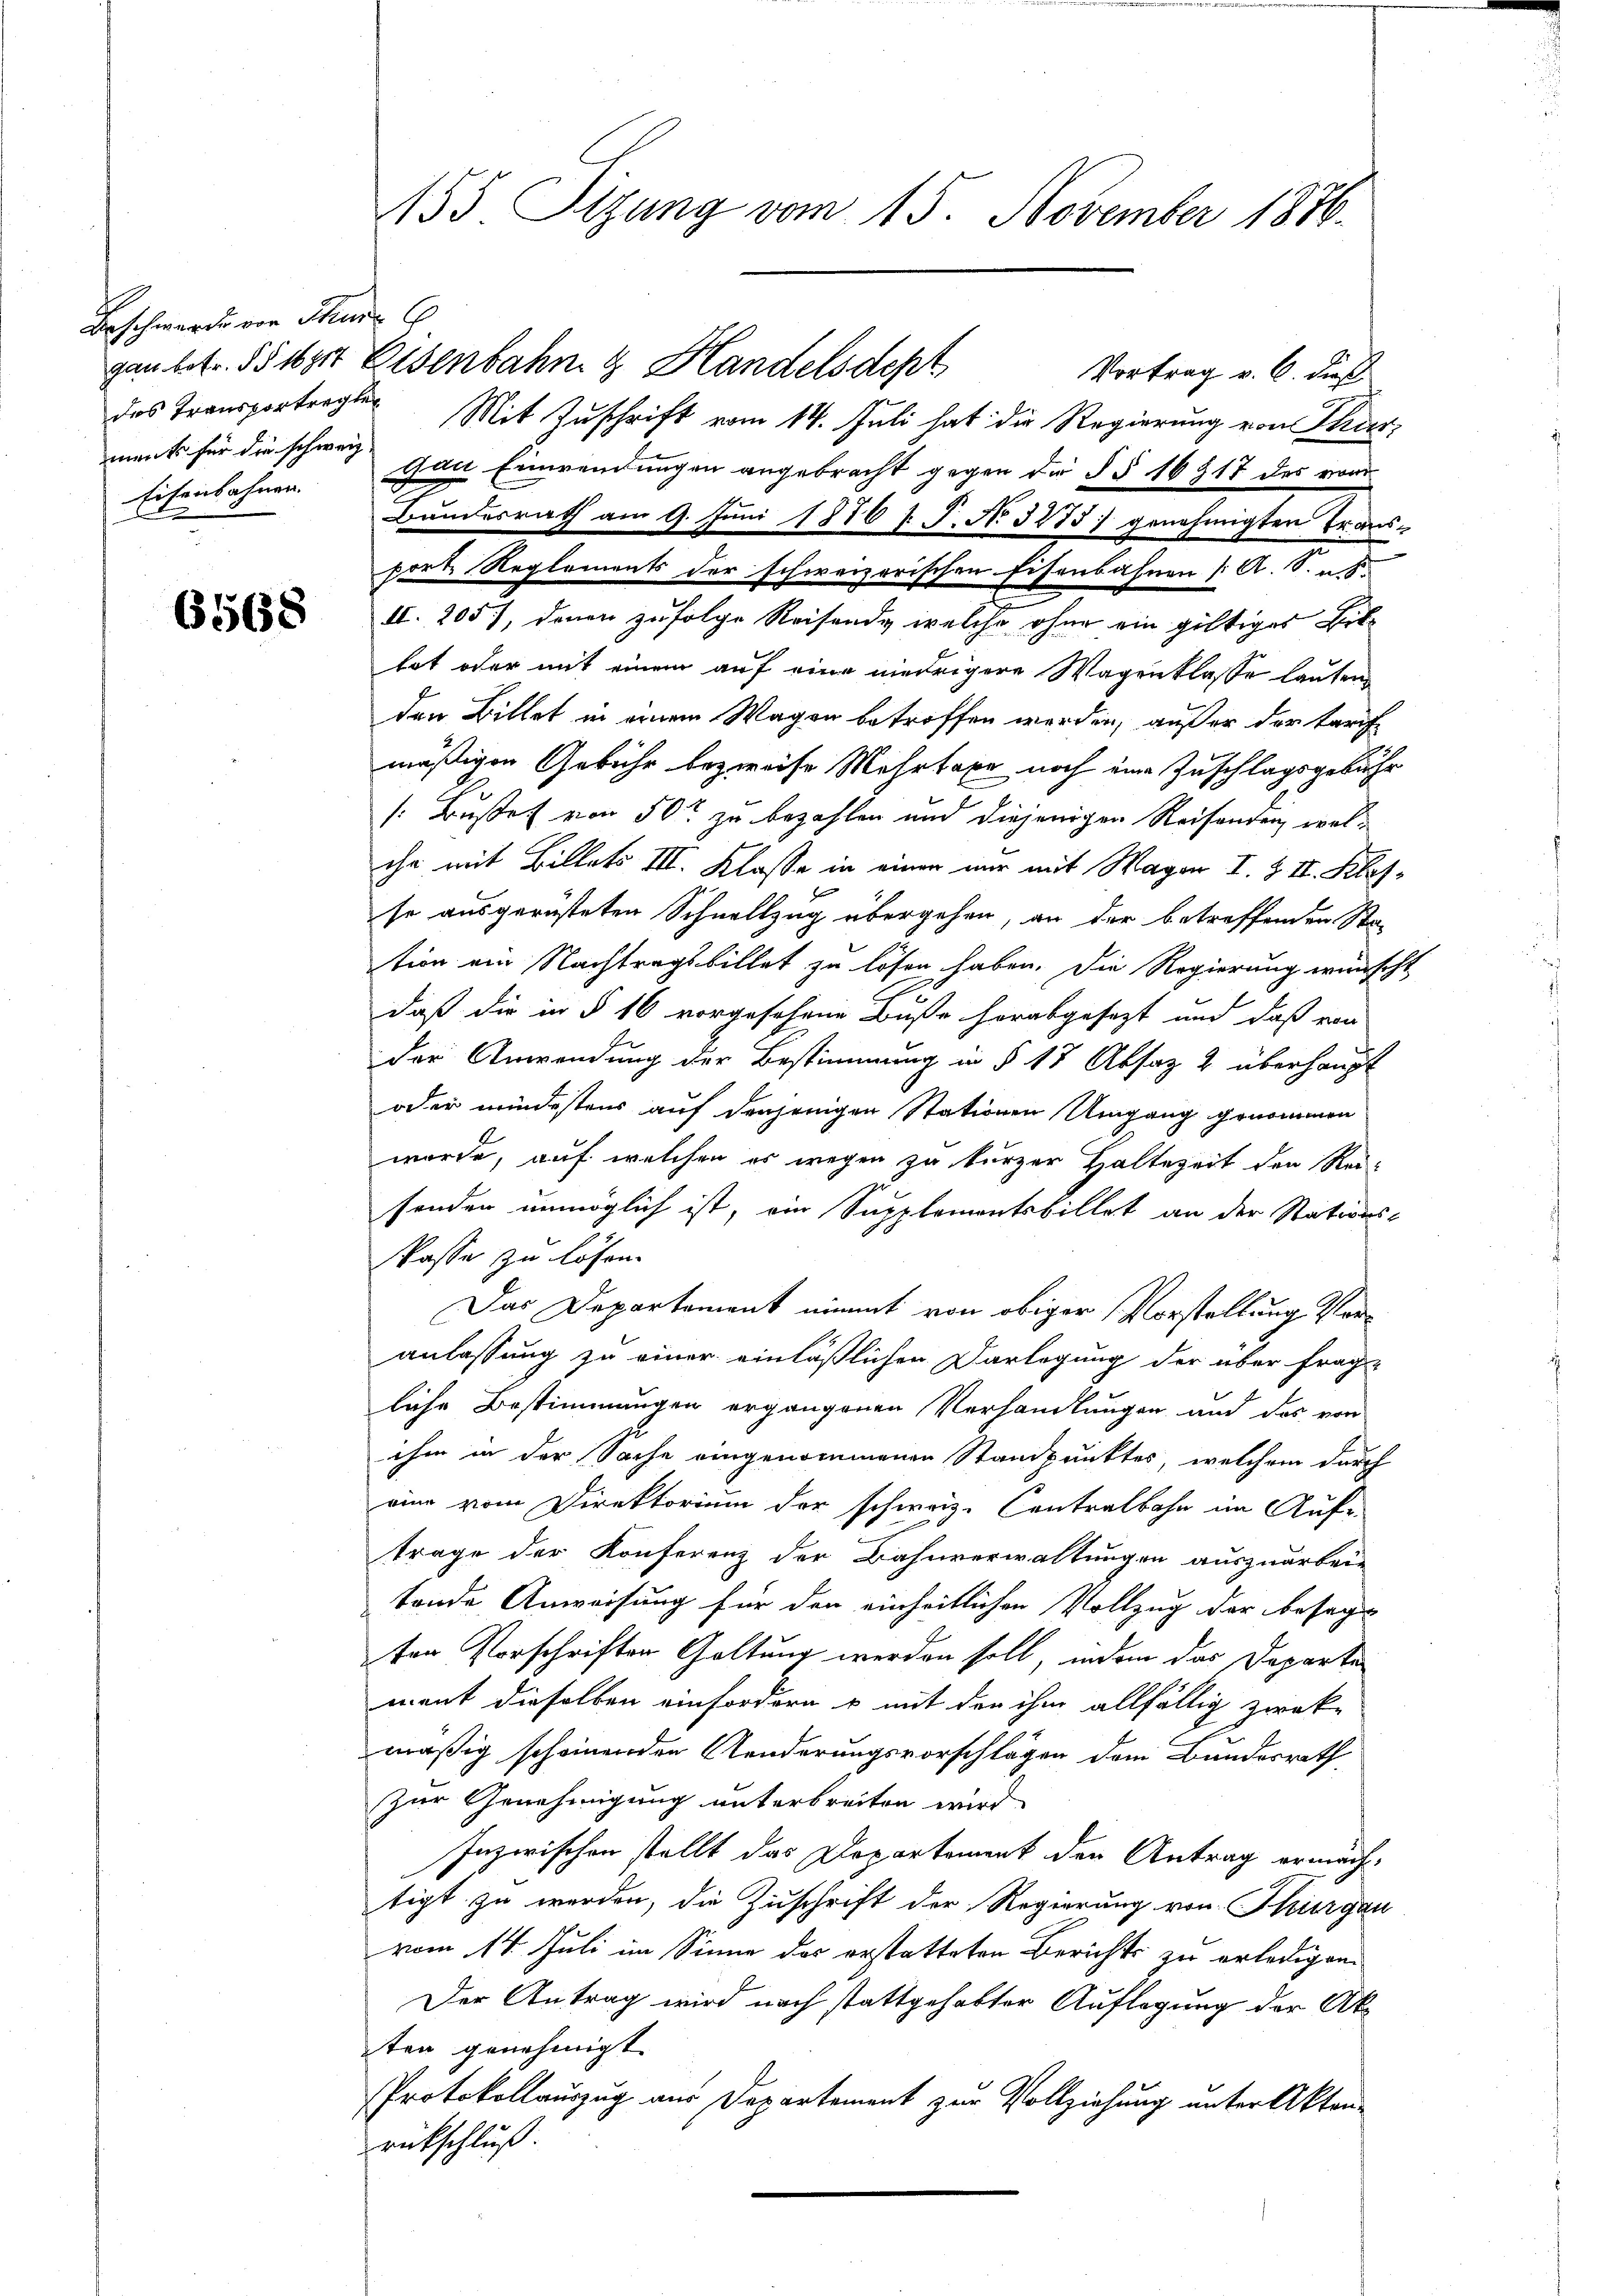
Beschwerde von Thur C
des Transportregler
ment für die schweiz
Eisenbahnen.

6568

155 Stzung vom 15. November 1876.

gan betr. So ist Eisenbahn & Handelsdept
Vortrag v. 6. dieß
Mit Zuschrift vom 14. Juli hat die Regierung von Thurvan Einwendungen angebracht gegen die §§ 16 § 17 des vom
Bundesrath am 9. Jŭni 1876 l. J. No. 3278) genehmigten Trans-
fort Reglements der schweizerischen Eisenbahnen [A. S. u. 8.
II. 205), denen zufolge Reisende welche ohne ein gültiger Bithat oder mit einem auf eine niedrigere Wagenklasse lauten
den Billet in einem Wagen betroffen werden, außer der tari
mäßigen Gebühr bezweife Mehrtaxe noch eine Zuschlagsgebühr
[Buße von 50r zu bezahlen und diejenigen Reisenden, welihr mit Billets III. Klasse in einen nur mit Magen I. Z II. Klasso ausgerüsteten Schnellzug übergehen, an der betreffenden Sta-
tion am Nachtragsbillet zu lösen haben. Die Regierung wünscht
daß die in § 16 vorgesehene Buße herabgesezt und daß von
der Anwendung der Bestimmung in § 17 Absaz 2 überhaupt
oder mindestens auf denjenigen Stationen Umgang genommen
wurde, auf welchen es wegen zu kurzer Haltezeit den Rei-
senden unmöglich ist, ein Supplementsbillet an der Stations-
sasse zu lösen.
Das Departement nimmt von obiger Vorstellung Veranlassung zu einer einläßlichen Darlegung der über frag-
liche Bestimmungen ergangenen Verhandlungen und das von
ihm in der Sache eingenommenen Standpunktes, welchem durch
eine vom Direktorium der schweiz. Contralbahn im Auf-
trage der Konferenz der Bahnverwaltungen auszuarbein
tende Anweisung für den einheitlichen Vollzug der besagt
ten Vorschriften Gattung werden soll, indem das Departen
ment dieselben einfordern & mit den ihm allfällig zwek-
mäßig scheinenden Aenderungsvorschlägen dem Bundesrath
Zur Genehmigung unterbreiten wird.
Inzwischen stellt das Departement den Antrag ermächt-
tigt zu werden, die Zuschrift der Regierung von Thurgau
vom 14. Juli im Sinne des erstatteten Berichts zu erledigen.
Der Antrag wird nach stattgehabter Auflegung der Akten genehmigt.
Protokollauszug aus Departement zur Vollziehung unter Akten-
rückschluß